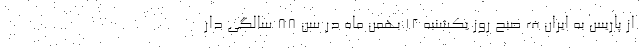
از پاریس به ایران ف صبح روز یکشنبه ۱۲ بهمن ماه در سن ۸۸ سالگی دار